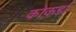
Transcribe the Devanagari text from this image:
कोकर्डा